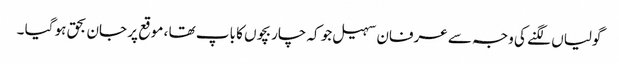
گولیاں لگنے کی وجہ سے عرفان سہیل جو کہ چار بچوں کا باپ تھا ، موقع پر جان بحق ہو گیا ۔